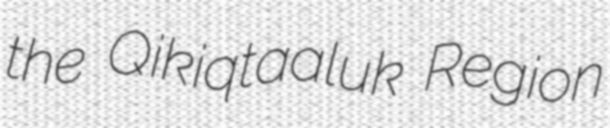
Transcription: the Qikiqtaaluk Region